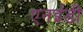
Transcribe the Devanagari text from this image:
एनईडी